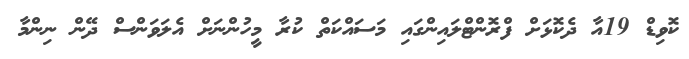
ކޮވިޑް 19އާ ދެކޮޅަށް ފްރޮންޓްލައިންގައި މަސައްކަތް ކުރާ މީހުންނަށް އެލަވަންސް ދޭން ނިންމާ